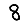
Digit: 8